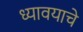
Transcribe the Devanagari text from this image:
ध्यावयाचे